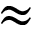
\approx